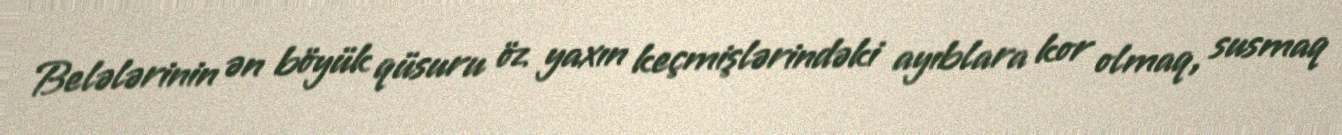
Belələrinin ən böyük qüsuru öz yaxın keçmişlərindəki ayıblara kor olmaq, susmaq